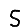
Digit: 5